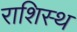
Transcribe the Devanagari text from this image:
राशिस्थ